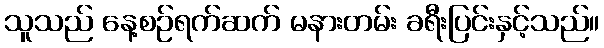
သူသည် နေ့စဉ်ရက်ဆက် မနားတမ်း ခရီးပြင်းနှင့်သည်။